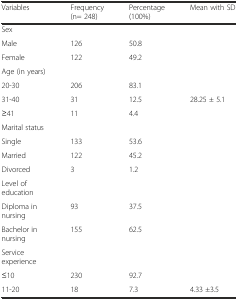
| Variables | Frequency (n= 248) | Percentage (100%) | Mean with SD |
 | --- | --- | --- | --- |
 | Sex |  |  |  |
 | Male | 126 | 50.8 |  |
 | Female | 122 | 49.2 |  |
 | Age (in years) |  |  |  |
 | 20-30 | 206 | 83.1 |  |
 | 31-40 | 31 | 12.5 | 28.25 ± 5.1 |
 | ≥41 | 11 | 4.4 |  |
 | Marital status |  |  |  |
 | Single | 133 | 53.6 |  |
 | Married | 122 | 45.2 |  |
 | Divorced | 3 | 1.2 |  |
 | Level of education |  |  |  |
 | Diploma in nursing | 93 | 37.5 |  |
 | Bachelor in nursing | 155 | 62.5 |  |
 | Service experience |  |  |  |
 | ≤10 | 230 | 92.7 |  |
 | 11-20 | 18 | 7.3 | 4.33 ±3.5 |